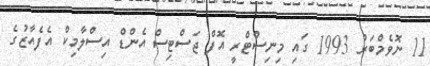
11 ނޮވެމްބަރު 1993 ގައި މިނިސްޓްރީ އޮފް ޖަސްޓިސް އެންޑް އިސްލާމިކް އެފެއާޒުގެ